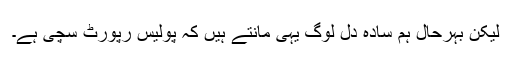
لیکن بہرحال ہم سادہ دل لوگ یہی مانتے ہیں کہ پولیس رپورٹ سچی ہے۔